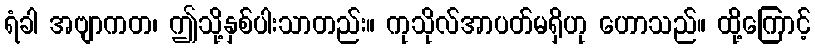
ရံခါ အဗျာကတ၊ ဤသို့နှစ်ပါးသာတည်း။ ကုသိုလ်အာပတ်မရှိဟု ဟောသည်။ ထို့ကြောင့်